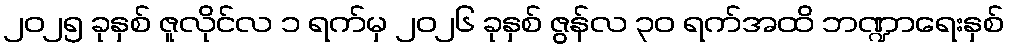
၂၀၂၅ ခုနှစ် ဇူလိုင်လ ၁ ရက်မှ ၂၀၂၆ ခုနှစ် ဇွန်လ ၃၀ ရက်အထိ ဘဏ္ဍာရေးနှစ်